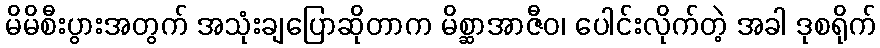
မိမိစီးပွားအတွက် အသုံးချပြောဆိုတာက မိစ္ဆာအာဇီဝ၊ ပေါင်းလိုက်တဲ့ အခါ ဒုစရိုက်